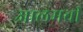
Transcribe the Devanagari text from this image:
आलमची